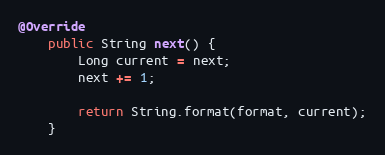
Language: Java
@Override
	public String next() {
		Long current = next;
		next += 1;

		return String.format(format, current);
	}